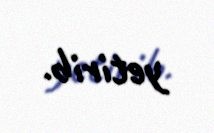
yetirib.